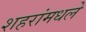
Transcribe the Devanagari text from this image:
शहरांमधले